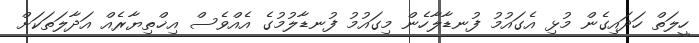
ހީލަތް ހަދައިގެން މުޅި އެގައުމު ފުނޑާލާހެން މިގައުމު ފުނޑާލުމުގެ އެއްވެސް އިޚްތިޔާރެއް އަދާލަތަކަށް